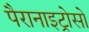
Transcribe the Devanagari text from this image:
पैरानाइट्रोसो